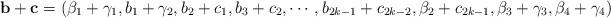
LaTeX: \begin{align*}\mathbf{b}+\mathbf{c}=(\beta_1+\gamma_1,b_1+\gamma_2,b_2+c_1,b_3+c_2,\cdots,b_{2k-1}+c_{2k-2},\beta_2+c_{2k-1}, \beta_3+\gamma_3,\beta_4+\gamma_4)\end{align*}